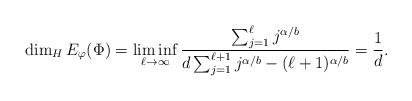
LaTeX: \begin{align*}\dim_H E_\varphi(\Phi) = \liminf_{\ell\to\infty} \frac {\sum_{j=1}^\ell j^{\alpha/b}}{d\sum_{j=1}^{\ell+1} j^{\alpha/b} - (\ell+1)^{\alpha/b}} = \frac 1d.\end{align*}